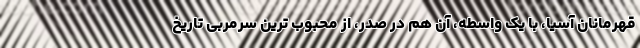
قهرمانان آسیا، با یک واسطه، آن هم در صدر، از محبوب ترین سرمربی تاریخ